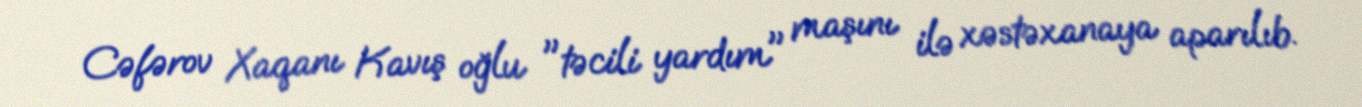
Cəfərov Xaqanı Kavış oğlu "təcili yardım" maşını ilə xəstəxanaya aparılıb.